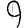
Digit: 9